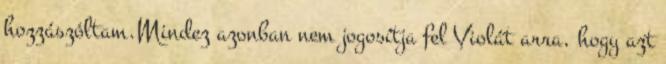
hozzászóltam.Mindez azonban nem jogosítja fel Violát arra, hogy azt